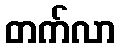
တက်လာ